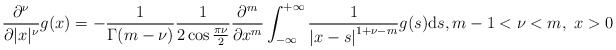
\begin{align*} \frac{\partial^\nu}{\partial |x|^\nu} g(x) = -\frac{1}{\Gamma(m-\nu)} \frac{1}{2\cos\frac{\pi\nu}{2}}\frac{\partial^m}{\partial x^m} \int_{-\infty}^{+\infty} \frac{1}{\left|x-s\right|^{1+\nu-m}} g(s) \mathrm ds, m-1<\nu<m, \ x>0 \end{align*}